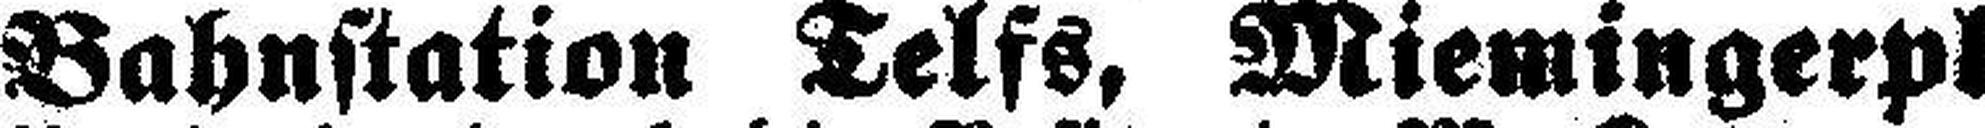
Bahnstation Telfs, Miemingerplatean.